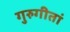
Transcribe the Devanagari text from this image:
गुरुगीतां